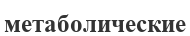
метаболические